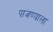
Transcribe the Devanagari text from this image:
पाजण्याला